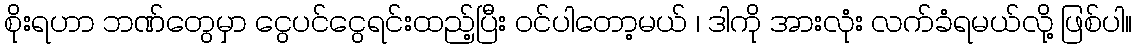
စိုးရဟာ ဘဏ်တွေမှာ ငွေပင်ငွေရင်းထည့်ပြီး ဝင်ပါတော့မယ် ၊ ဒါကို အားလုံး လက်ခံရမယ်လို့ ဖြစ်ပါ။